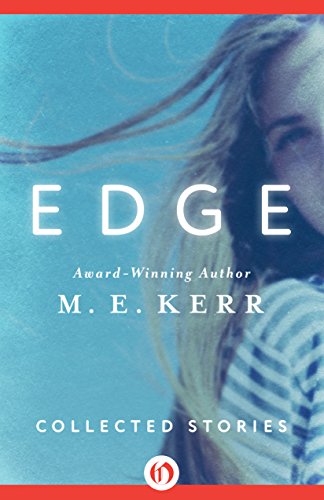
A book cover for Edge: Collected Stories; M. E. Kerr; Teen & Young Adult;